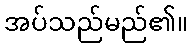
အပ်သည်မည်၏။